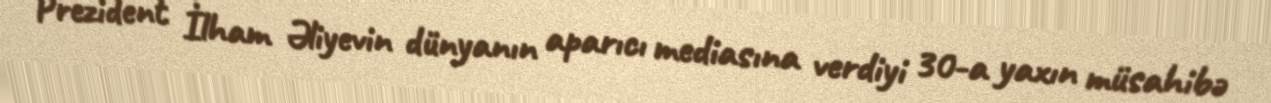
Prezident İlham Əliyevin dünyanın aparıcı mediasına verdiyi 30-a yaxın müsahibə